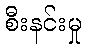
စီးနင်းမှု